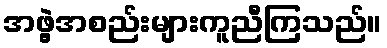
အဖွဲ့အစည်းများကူညီကြသည်။